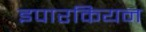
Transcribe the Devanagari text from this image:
इपारकियन